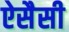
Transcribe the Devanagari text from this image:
ऐसैसी